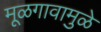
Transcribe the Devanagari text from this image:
मूळगावामुळे